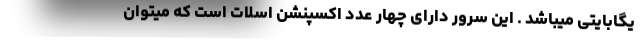
یگابایتی میباشد . این سرور دارای چهار عدد اکسپنشن اسلات است که میتوان